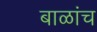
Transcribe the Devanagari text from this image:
बाळांच